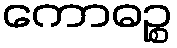
ကောဓဉ္စ